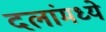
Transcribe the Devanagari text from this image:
दलांमध्ये